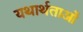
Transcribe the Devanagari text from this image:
यथार्थताओं